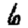
Digit: 6